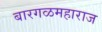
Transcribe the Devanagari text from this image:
बारगळमहाराज